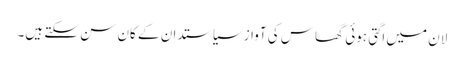
لان میں اگتی ہوئی گھاس کی آواز سیاستدان کے کان سن سکتے ہیں۔